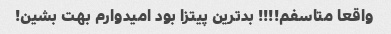
واقعا متاسفم!!!! بدترین پیتزا بود امیدوارم بهت بشین!